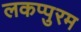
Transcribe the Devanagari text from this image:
लकप्पुरम